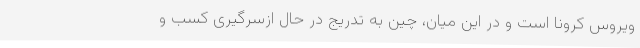
ویروس کرونا است و در این میان، چین به تدریج در حال ازسرگیری کسب و